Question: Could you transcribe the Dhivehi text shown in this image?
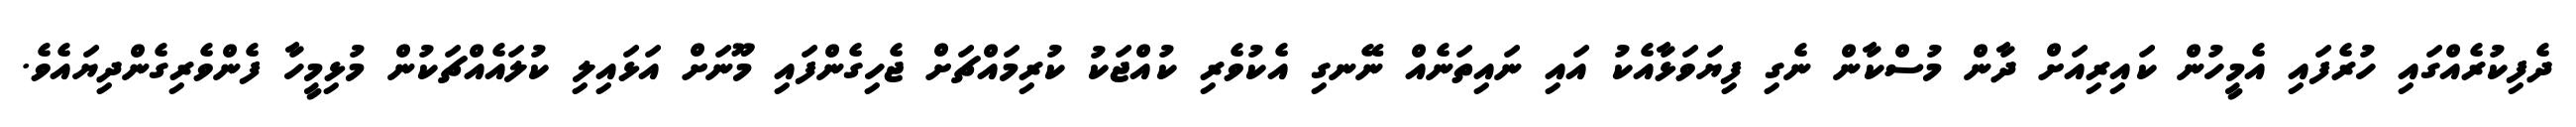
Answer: ދެފިކުރެއްގައި ހުރެފައި އެމީހުން ކައިރިއަށް ދާން މުސްކާން ނެގި ފިޔަވަޅާއެކު އައި ނައިތަނެއް ނޭނގި އެކުވެރި ކުއްޖަކު ކުރިމައްޗަށް ޖެހިގެންފައި މޫނަށް އަޅައިލި ކުލައެއްޗަކުން މުޅިމީހާ ފެންވެރިގެންދިޔައެވެ.